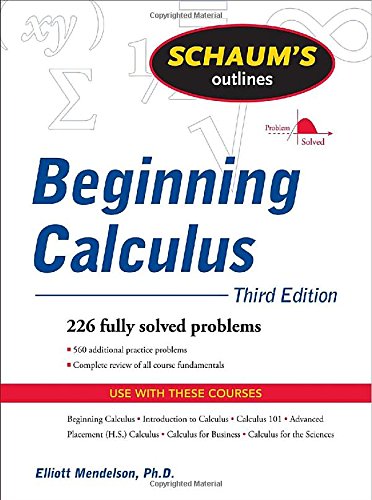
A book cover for Schaum's Outline of Beginning Calculus, Third Edition (Schaum's Outlines); Elliott Mendelson; Science & Math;